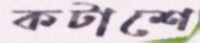
কটাশে